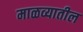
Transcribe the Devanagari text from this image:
माळव्यातील